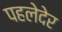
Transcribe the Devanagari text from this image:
पहलेदेर